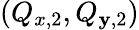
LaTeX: \left(Q_{x,2},Q_{\mathbf{y},2}\right)